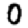
Digit: 0